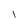
Character: l